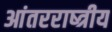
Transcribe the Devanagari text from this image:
आंतरराष्त्रीय